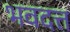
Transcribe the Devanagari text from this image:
भवदत्त